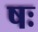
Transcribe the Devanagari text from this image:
षः